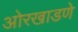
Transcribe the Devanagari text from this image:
ओरखाडणे